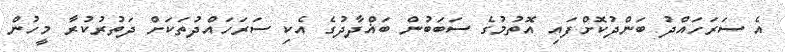
އެ ސަރަހައްދު ބަންދުކޮށްފައި އޮތުމުގެ ސަބަބުން ބަޣްދާދުގެ އެކި ސަރަހައްދުތަކަށް ދަތުރުކުރާ މީހުން